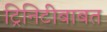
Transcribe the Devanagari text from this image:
ट्रिनिटीबाबत